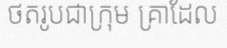
ថតរូបជាក្រុម គ្រាដែល